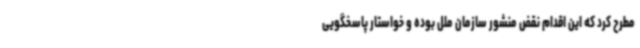
مطرح کرد که این اقدام نقض منشور سازمان ملل بوده و خواستار پاسخگویی